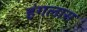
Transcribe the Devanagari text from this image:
इंगलास